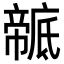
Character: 𢋠